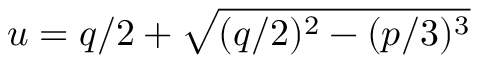
u = q / 2 + { \sqrt { ( q / 2 ) ^ { 2 } - ( p / 3 ) ^ { 3 } } }